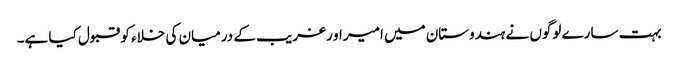
بہت سارے لوگوں نے ہندوستان میں امیر او رغریب کے درمیان کی خلاء کو قبول کیا ہے۔